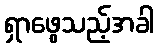
ရှာဖွေသည့်အခါ